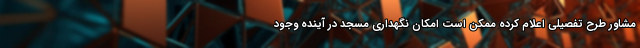
مشاور طرح تفصیلی اعلام کرده ممکن است امکان نگهداری مسجد در آینده وجود